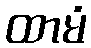
ထာမံ